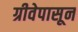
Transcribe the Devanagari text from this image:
ग्रीवेपासून